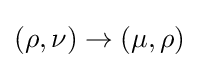
(\rho ,\nu )\rightarrow (\mu ,\rho )